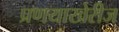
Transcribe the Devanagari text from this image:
प्रणयाखेरीज